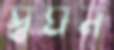
স্বঘন